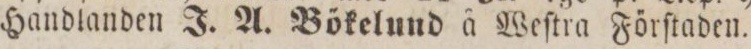
Handlanden J. A. Bökelund å Weſtra Förſtaden.